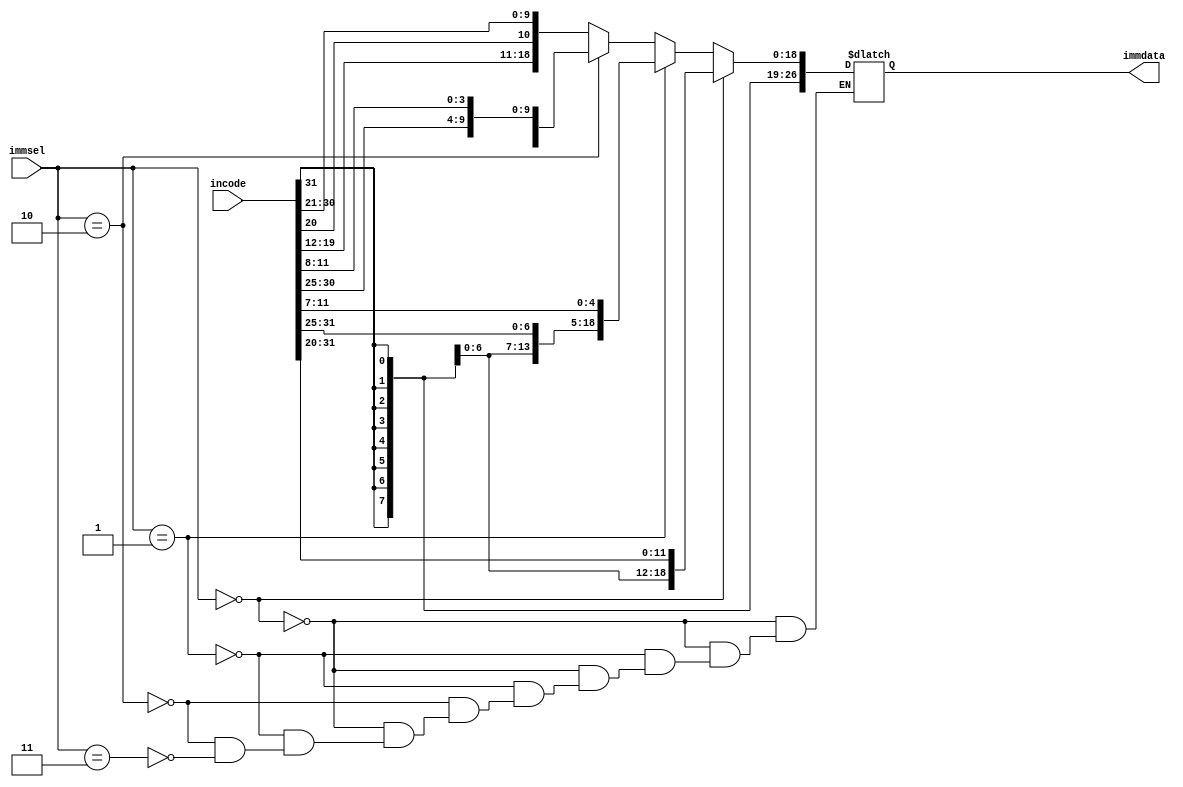
`timescale 1ns / 1ps
//////////////////////////////////////////////////////////////////////////////////
// Company: 
// Engineer: 
// 
// Design Name: 
// Module Name: immgen
// Project Name: 
// Target Devices: 
// Tool Versions: 
// Description: 
// 
// Dependencies: 
// 
// Revision:
// Revision 0.01 - File Created
// Additional Comments:
// 
//////////////////////////////////////////////////////////////////////////////////


module immgen(
    input [31:0] incode,
    input [1:0]immsel,
    output [31:0] immdata
    );
    reg [31:0]temp;
    assign immdata=temp;
    
    always @(*)
    begin
     
    if (immsel==2'b00)//lw
    begin
    temp={{20{incode[31]}},incode[31:20]};
    end
    else if(immsel==2'b01)//sw
    begin
    temp={{20{incode[31]}},incode[31:25],incode[11:7]};
    end
    else if(immsel==2'b10)//branch
    begin
    temp={{20{incode[31]}},incode[31],incode[7],incode[30:25],incode[11:8]};
    end
    else if(immsel==2'b11)//jump
    begin
    temp={{12{incode[31]}},incode[31],incode[19:12],incode[20],incode[30:21]};
    end
        
    end
    
endmodule